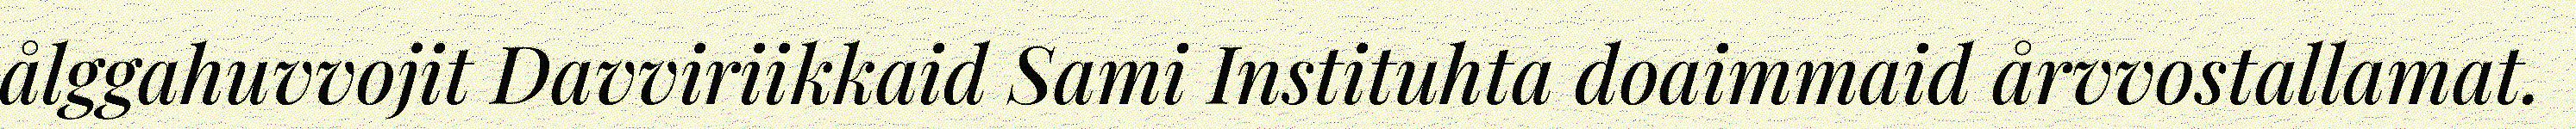
ålggahuvvojit Davviriikkaid Sami Instituhta doaimmaid årvvostallamat.